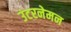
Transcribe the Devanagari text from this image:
उंटरनेमन